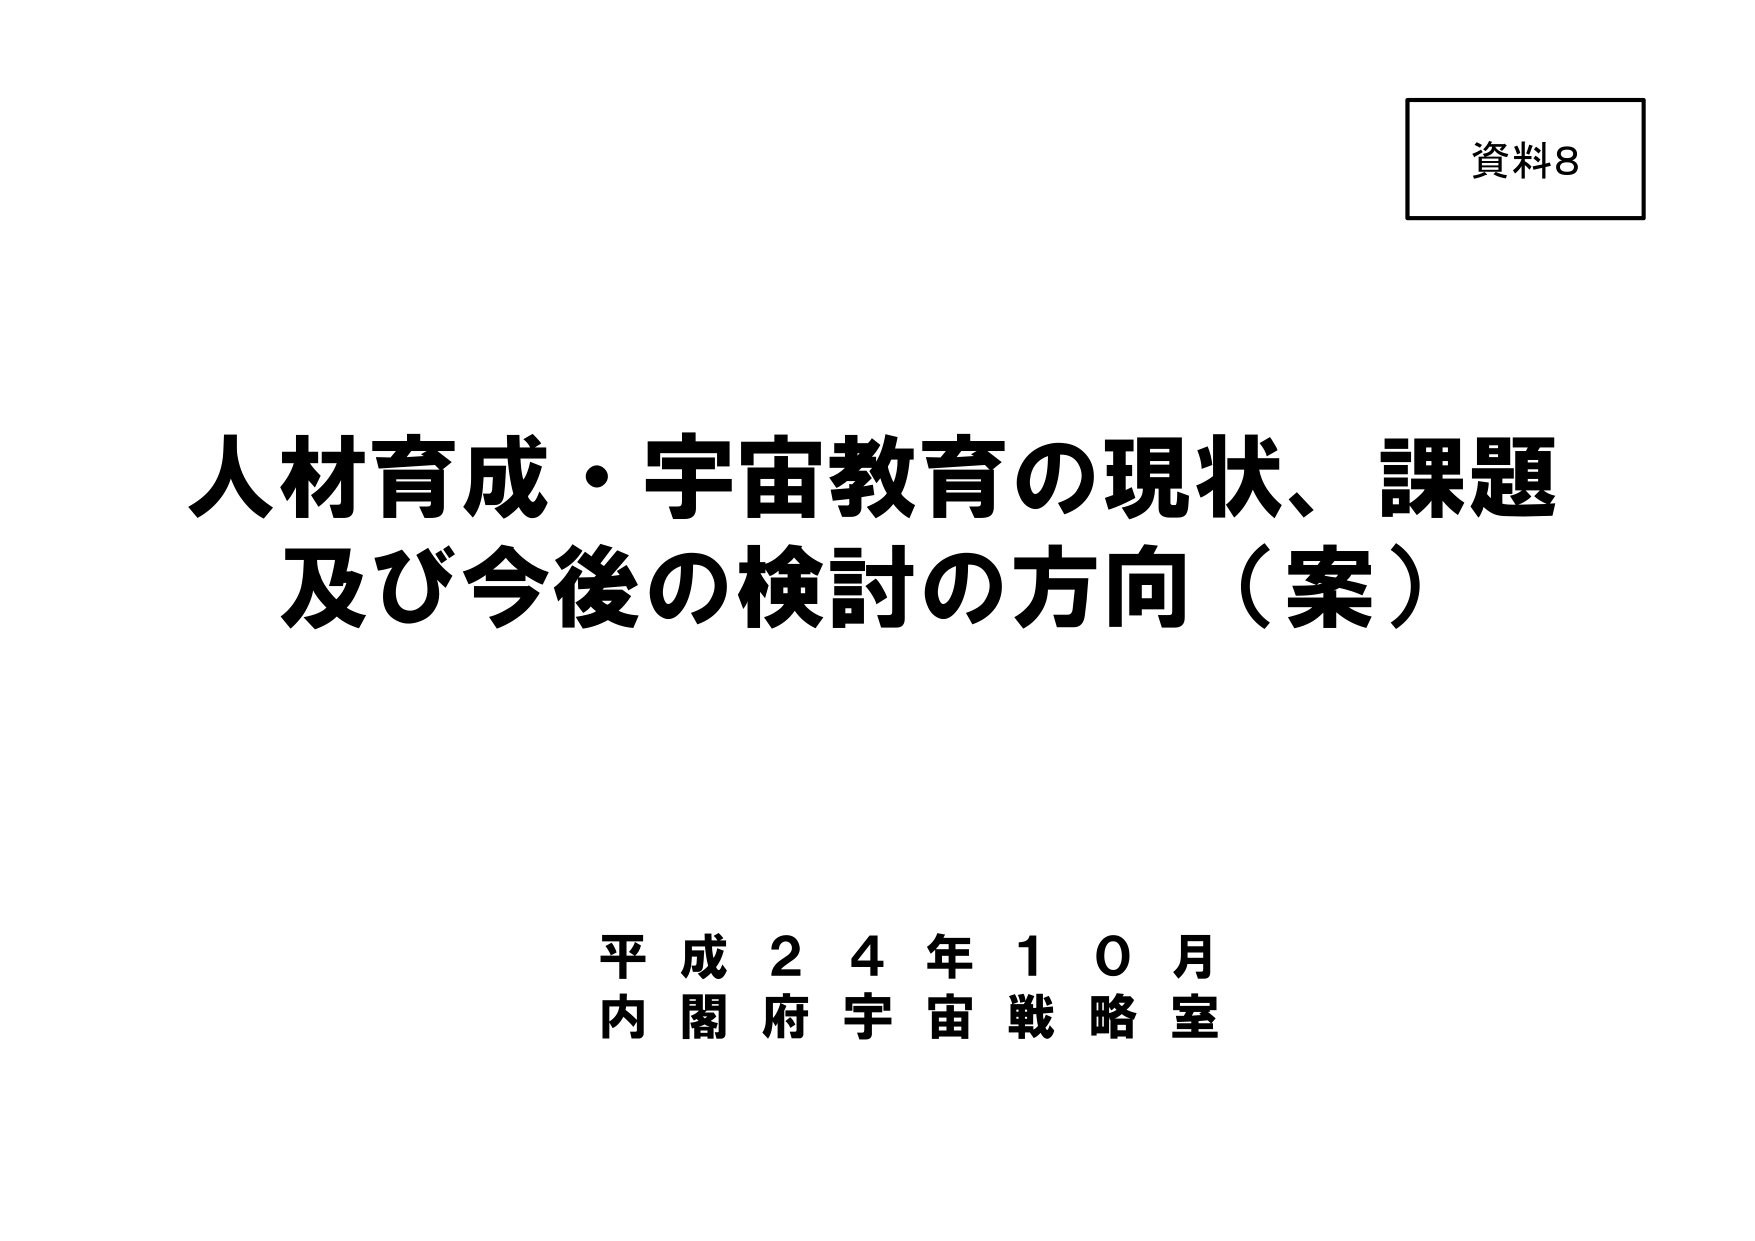
資料8

人材育成・宇宙教育の現状、課題
及び今後の検討の方向（案）

平成24年10月
内閣府宇宙戦略室